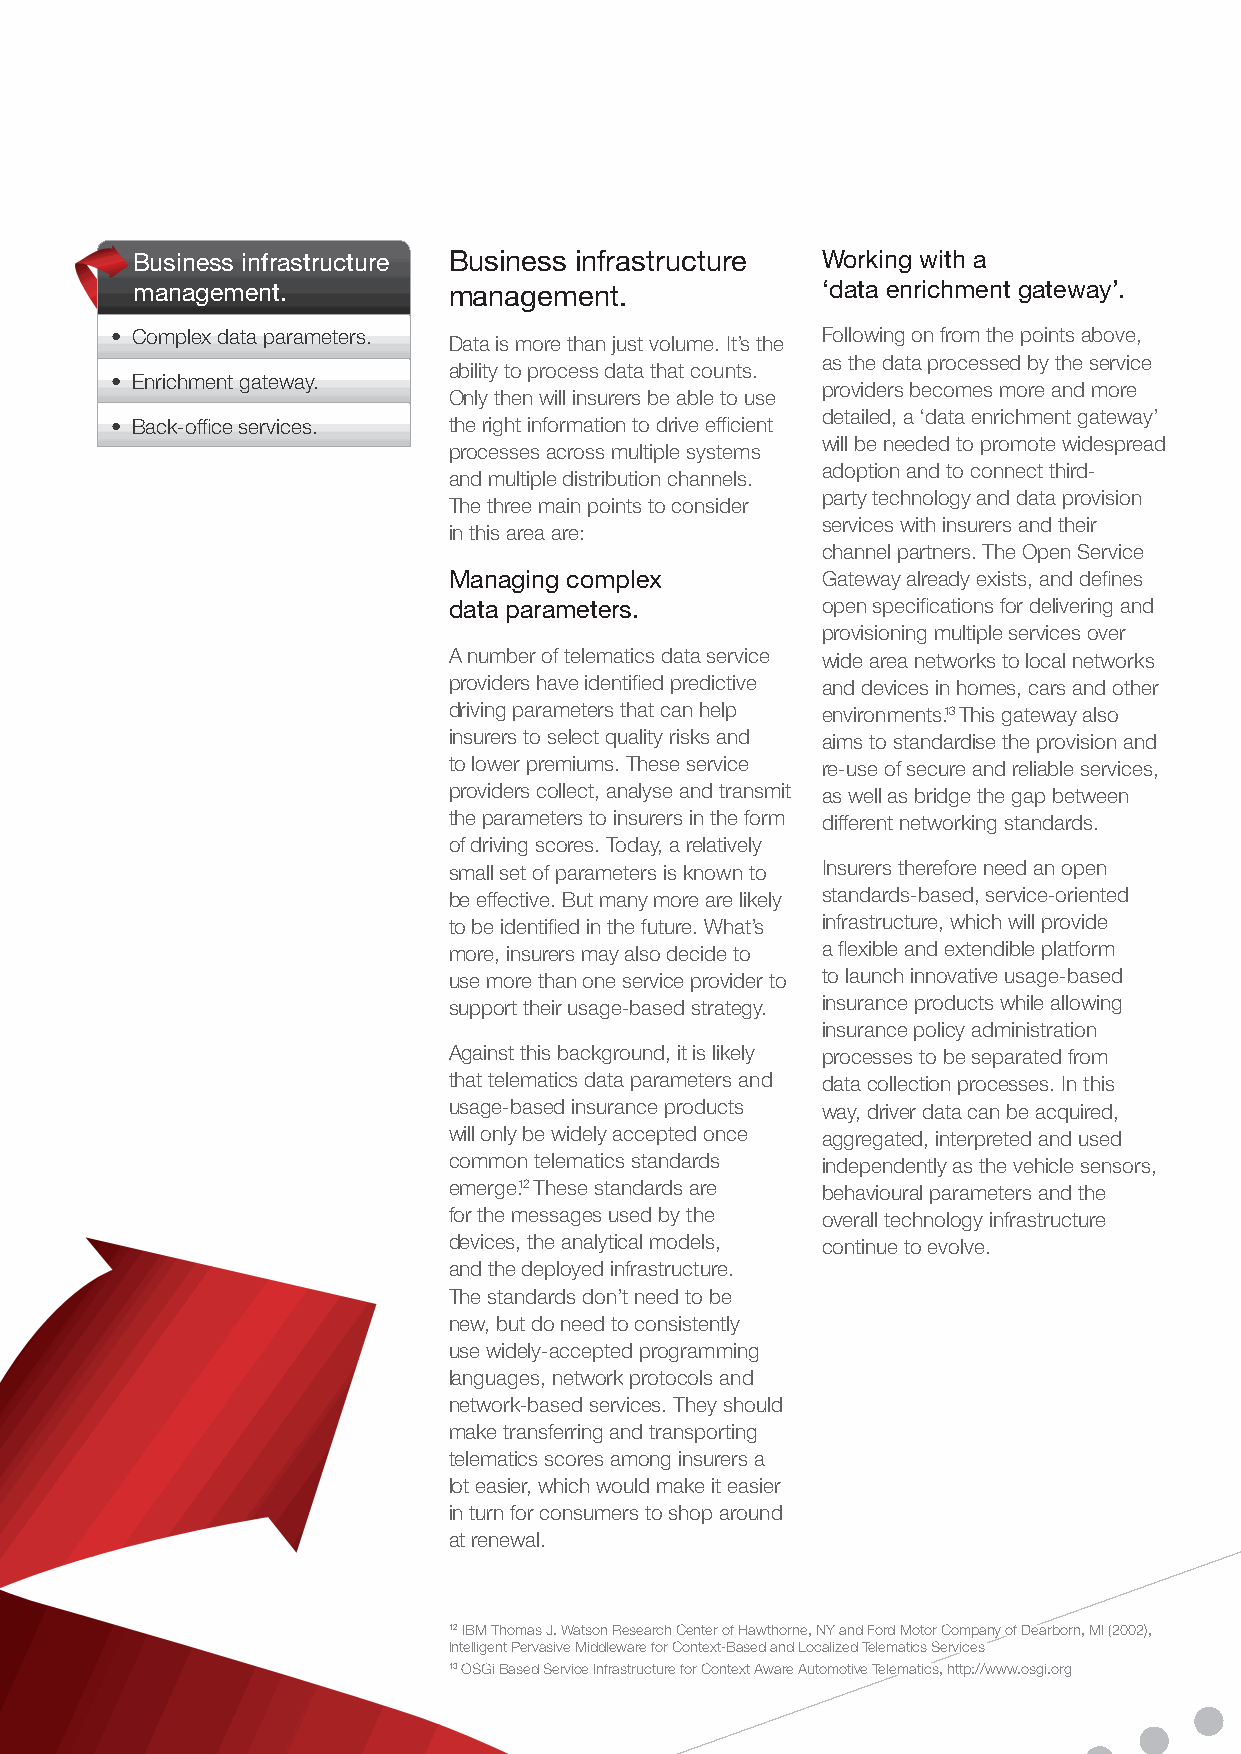
Business infrastructure Business infrastructure Working with a
 management.          management.             ‘data enrichment gateway’.
 • Complex data parameters.                     Following on from the points above,
 Data is more than just volume. It’s the
 as the data processed by the service
 ability to process data that counts.
 • Enrichment gateway.
 providers becomes more and more
 Only then will insurers be able to use
 detailed, a ‘data enrichment gateway’
 • Back-office services. the right information to drive efficient
 will be needed to promote widespread
 processes across multiple systems
 adoption and to connect third-
 and multiple distribution channels.
 party technology and data provision
 The three main points to consider
 services with insurers and their
 in this area are:
 channel partners. The Open Service
 Managing complex        Gateway already exists, and defines
 data parameters.        open specifications for delivering and
 provisioning multiple services over
 A number of telematics data service wide area networks to local networks
 providers have identified predictive and devices in homes, cars and other
 driving parameters that can help environments.13 This gateway also
 insurers to select quality risks and aims to standardise the provision and
 to lower premiums. These service re-use of secure and reliable services,
 providers collect, analyse and transmit as well as bridge the gap between
 the parameters to insurers in the form different networking standards.
 of driving scores. Today, a relatively
 small set of parameters is known to Insurers therefore need an open
 be effective. But many more are likely standards-based, service-oriented
 to be identified in the future. What’s infrastructure, which will provide
 more, insurers may also decide to a flexible and extendible platform
 use more than one service provider to to launch innovative usage-based
 support their usage-based strategy. insurance products while allowing
 insurance policy administration
 Against this background, it is likely processes to be separated from
 that telematics data parameters and data collection processes. In this
 usage-based insurance products way, driver data can be acquired,
 will only be widely accepted once aggregated, interpreted and used
 common telematics standards independently as the vehicle sensors,
 emerge.12 These standards are behavioural parameters and the
 for the messages used by the overall technology infrastructure
 devices, the analytical models, continue to evolve.
 and the deployed infrastructure.
 The standards don’t need to be
 new, but do need to consistently
 use widely-accepted programming
 languages, network protocols and
 network-based services. They should
 make transferring and transporting
 telematics scores among insurers a
 lot easier, which would make it easier
 in turn for consumers to shop around
 at renewal.
 12 IBM Thomas J. Watson Research Center of Hawthorne, NY and Ford Motor Company of Dearborn, MI (2002),
 Intelligent Pervasive Middleware for Context-Based and Localized Telematics Services
 13 OSGi Based Service Infrastructure for Context Aware Automotive Telematics, http://www.osgi.org